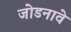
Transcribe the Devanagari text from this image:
जोडनावे